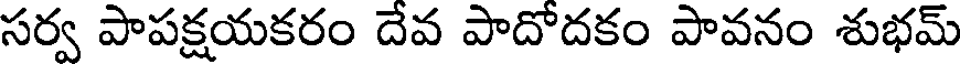
సర్వ పాపక్షయకరం దేవ పాదోదకం పావనం శుభమ్